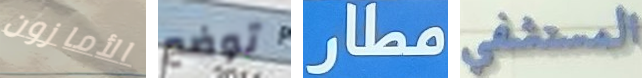
الأمازون توضع مطار المستشفى